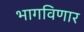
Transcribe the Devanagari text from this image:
भागविणार